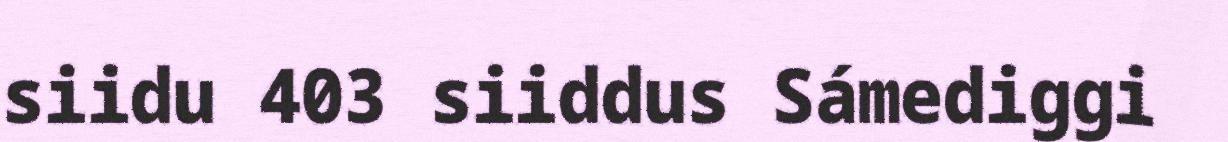
siidu 403 siiddus Sámediggi